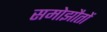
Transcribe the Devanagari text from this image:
समोझौतों